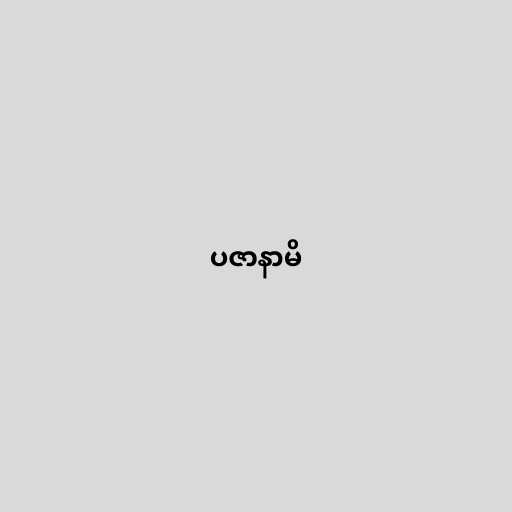
ပဇာနာမိ